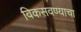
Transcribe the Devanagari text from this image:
विकसवण्याचा